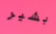
بشير